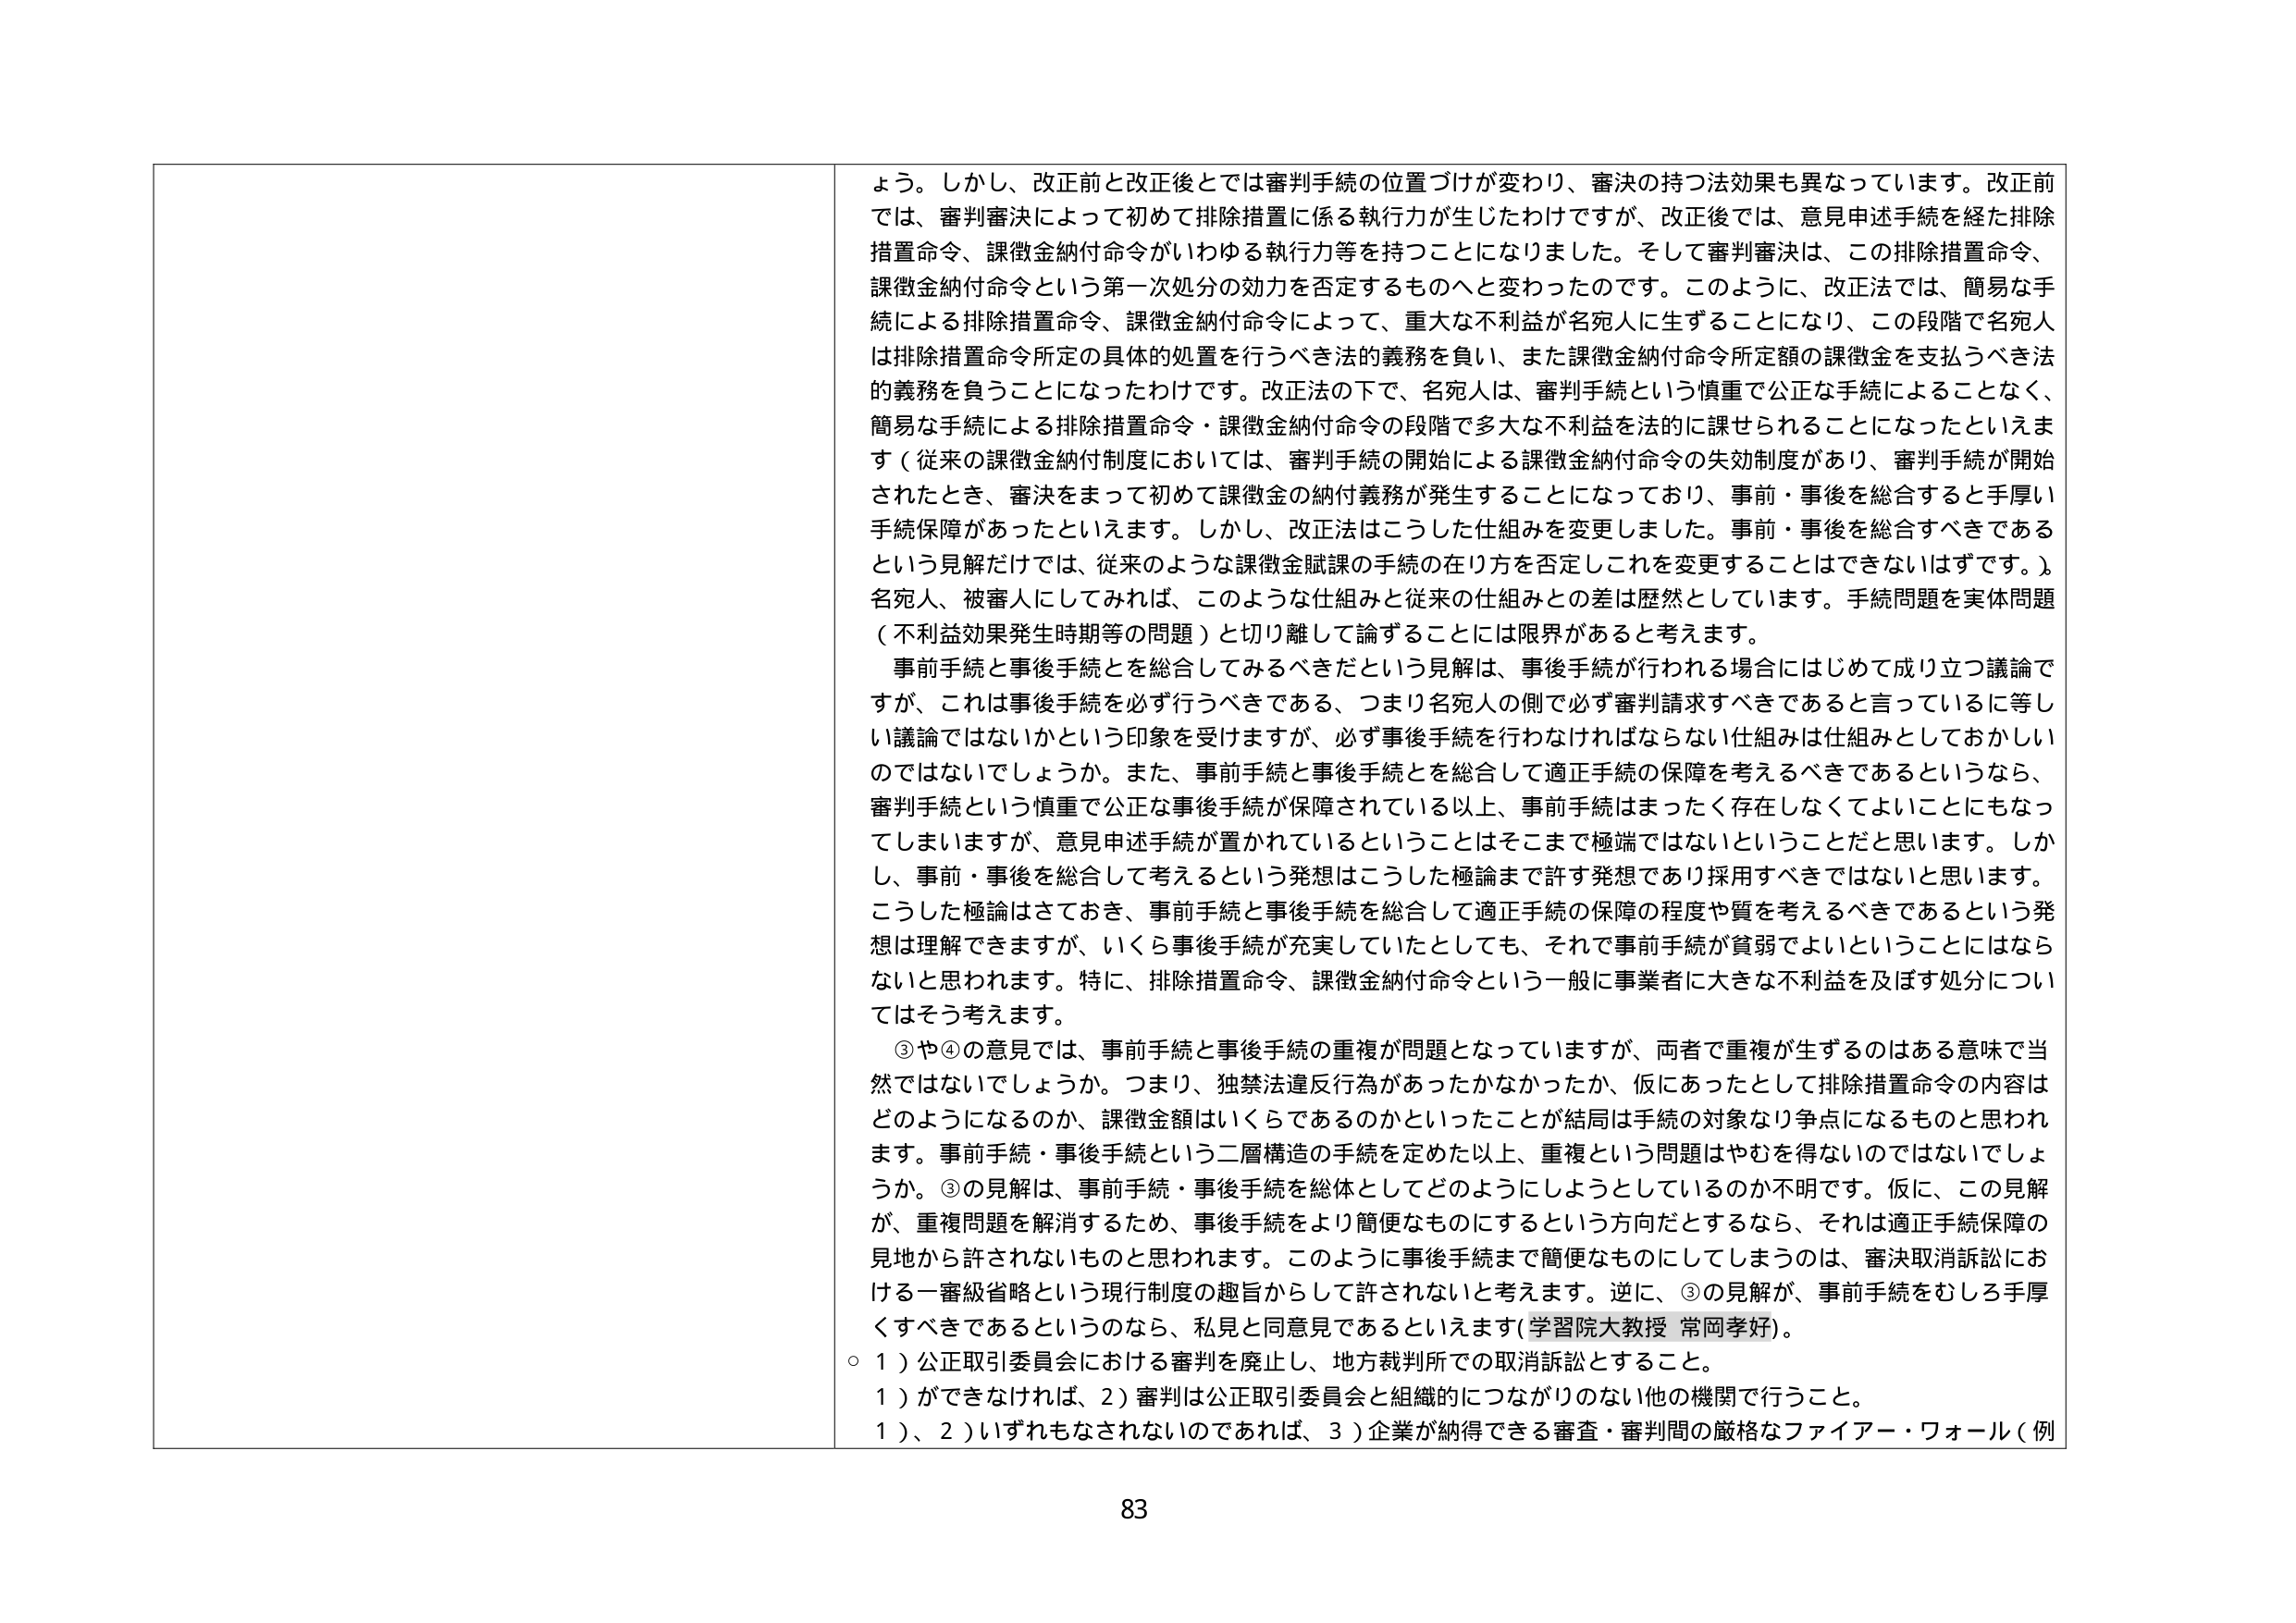
よう。しかし、改正前と改正後とでは審判手続の位置づけが変わり、審決の持つ法効果も異なっています。改正前では、審判審決によって初めて排除措置に係る執行力が生じたわけですが、改正後では、意見申述手続を経た排除措置命令、課徴金納付命令がいわゆる執行力等を持つことになりました。そして審判審決は、この排除措置命令、課徴金納付命令という第一次処分の効力を否定するものへと変わったのです。このように、改正法では、簡易な手続による排除措置命令、課徴金納付命令によって、重大な不利益が名宛人に生ずることになり、この段階で名宛人は排除措置命令所定の具体的処置を行うべき法的義務を負い、また課徴金納付命令所定額の課徴金を支払うべき法的義務を負うことになったわけです。改正法の下で、名宛人は、審判手続という慎重で公正な手続によることなく、簡易な手続による排除措置命令・課徴金納付命令の段階で多大な不利益を法的に課せられることになったといえます（従来の課徴金納付制度においては、審判手続の開始による課徴金納付命令の失効制度があり、審判手続が開始されたとき、審決をまって初めて課徴金の納付義務が発生することになっており、事前・事後を総合すると手厚い手続保障があったといえます。しかし、改正法はこうした仕組みを変更しました。事前・事後を総合すべきであるという見解だけでは、従来のような課徴金賦課の手続の在り方を否定しこれを変更することはできないはずです。）。名宛人、被審人にしてみれば、このような仕組みと従来の仕組みとの差は歴然としています。手続問題を実体問題（不利益効果発生時期等の問題）と切り離して論ずることには限界があると考えます。

事前手続と事後手続とを総合してみるべきだという見解は、事後手続が行われる場合にはじめて成り立つ議論ですが、これは事後手続を必ず行うべきである、つまり名宛人の側で必ず審判請求すべきであると言っているに等しい議論ではないかという印象を受けますが、必ず事後手続を行わなければならない仕組みは仕組みとしておかしいのではないでしょうか。また、事前手続と事後手続とを総合して適正手続の保障を考えるべきであるというなら、審判手続という慎重で公正な事後手続が保障されている以上、事前手続はまったく存在しなくてよいことにもなってしまいますが、意見申述手続が置かれているということはそこまで極端ではないということだと思います。しかし、事前・事後を総合して考えるという発想はこうした極論まで許す発想であり採用すべきではないと思います。こうした極論はさておき、事前手続と事後手続を総合して適正手続の保障の程度や質を考えるべきであるという発想は理解できますが、いくら事後手続が充実していたとしても、それで事前手続が貧弱でよいということにはならないと思われます。特に、排除措置命令、課徴金納付命令という一般に事業者に大きな不利益を及ぼす処分についてはそう考えます。

③や④の意見では、事前手続と事後手続の重複が問題となっていますが、両者で重複が生ずるのはある意味で当然ではないでしょうか。つまり、独禁法違反行為があったかなかったか、仮にあったとして排除措置命令の内容はどのようになるのか、課徴金額はいくらであるのかといったことが結局は手続の対象なり争点になるものと思われます。事前手続・事後手続という二層構造の手続を定めた以上、重複という問題はやむを得ないのではないでしょうか。③の見解は、事前手続・事後手続を総体としてどのようにしようとしているのか不明です。仮に、この見解が、重複問題を解消するため、事後手続をより簡便なものにするという方向だとするなら、それは適正手続保障の見地から許されないものと思われます。このように事後手続まで簡便なものにしてしまうのは、審決取消訴訟における一審級省略という現行制度の趣旨からして許されないと考えます。逆に、③の見解が、事前手続をむしろ手厚くすべきであるというのなら、私見と同意見であるといえます（学習院大教授 常岡孝好）。

○ 1）公正取引委員会における審判を廃止し、地方裁判所での取消訴訟とすること。
1）ができなければ、2）審判は公正取引委員会と組織的につながりのない他の機関で行うこと。
1）、2）いずれもなされないのであれば、3）企業が納得できる審査・審判間の厳格なファイアー・ウォール（例

83